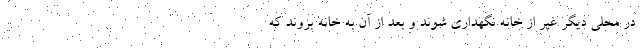
در محلی دیگر غیر از خانه نگهداری شوند و بعد از آن به خانه بروند که